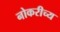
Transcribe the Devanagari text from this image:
नोकरीच्य